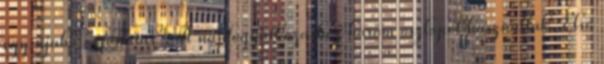
egy újabb "számítás": A napfogyatkozáshoz három oszlopot használtak. Első